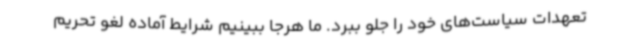
تعهدات سیاست‌های خود را جلو ببرد. ما هرجا ببینیم شرایط آماده لغو تحریم